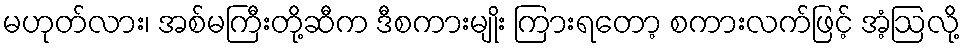
မဟုတ်လား၊ အစ်မကြီးတို့ဆီက ဒီစကားမျိုး ကြားရတော့ စကားလက်ဖြင့် အံ့ဩလို့